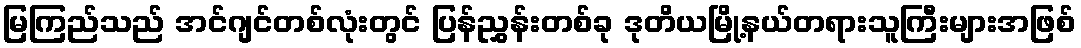
မြကြည်သည် အင်ဂျင်တစ်လုံးတွင် ပြန်ညွှန်းတစ်ခု ဒုတိယမြို့နယ်တရားသူကြီးများအဖြစ်